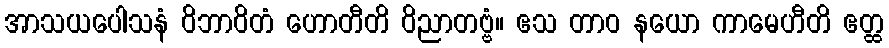
အာသယပေါသနံ ဝိဘာဝိတံ ဟောတီတိ ဝိညာတဗ္ဗံ။ ဧသ တာဝ နယော ကာမေဟီတိ ဧတ္ထ